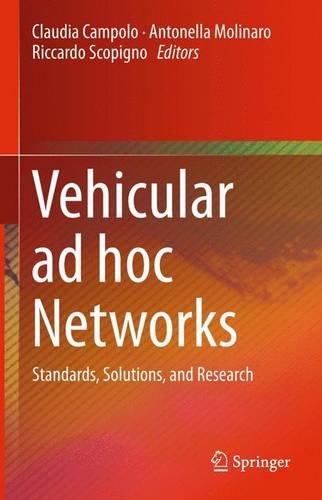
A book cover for Vehicular ad hoc Networks: Standards, Solutions, and Research; Computers & Technology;